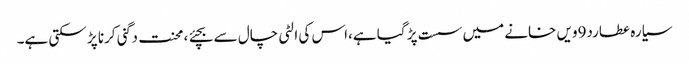
سیارہ عطارد9ویں خانے میں سست پڑ گیا ہے،اس کی الٹی چال سے بچئے ، محنت دگنی کرنا پڑ سکتی ہے۔